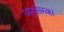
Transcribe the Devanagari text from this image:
अनुसारका